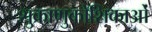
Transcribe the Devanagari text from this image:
शुक्राणुकोशिकाओं